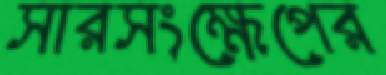
সারসংক্ষেপের